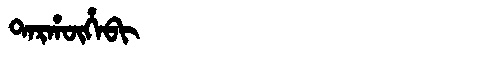
Manchu: ᡨᠠᡵᡥᡡᡥᠠᠪᡳ
Romanization: TARHŪHABI